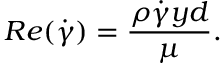
R e ( \dot { \gamma } ) = \frac { \rho \dot { \gamma } y d } { \mu } .